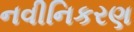
નવીનિકરણ